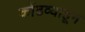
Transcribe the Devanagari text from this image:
कोंढव्याहून